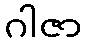
ဂါဇာ